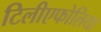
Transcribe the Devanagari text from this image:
टिलीएफोलिया